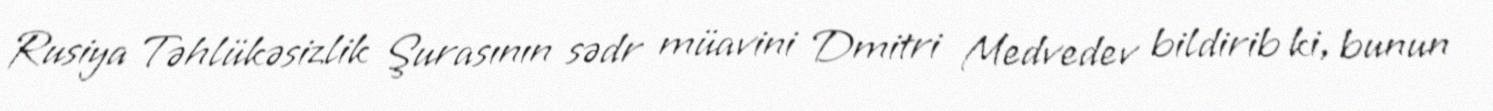
Rusiya Təhlükəsizlik Şurasının sədr müavini Dmitri Medvedev bildirib ki, bunun